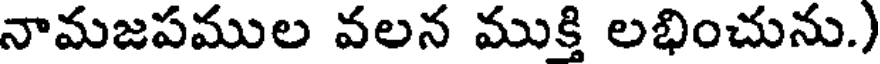
నామజపముల వలన ముక్తి లభించును.)